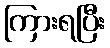
ကြားရပြီး